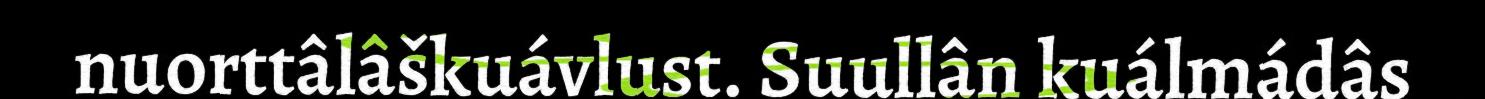
nuorttâlâškuávlust. Suullân kuálmádâs